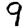
Digit: 9